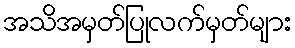
အသိအမှတ်ပြုလက်မှတ်များ